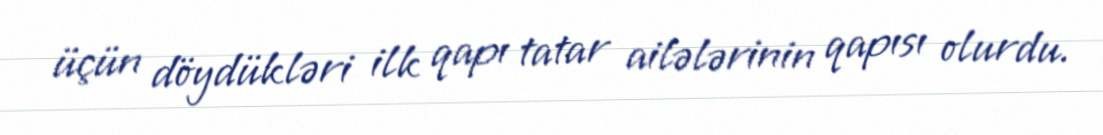
üçün döydükləri ilk qapı tatar ailələrinin qapısı olurdu.